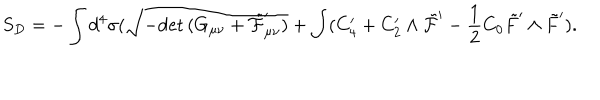
LaTeX: S _ { D } = - \int d ^ { 4 } \sigma ( \sqrt { - \mathrm { d e t } \, ( G _ { \mu \nu } + \tilde { \cal F } _ { \mu \nu } ^ { \prime } ) } + \int ( C _ { 4 } ^ { \prime } + C _ { 2 } ^ { \prime } \wedge \tilde { \cal F } ^ { \prime } - \frac { 1 } { 2 } C _ { 0 } \tilde { F } ^ { \prime } \wedge \tilde { F } ^ { \prime } ) .